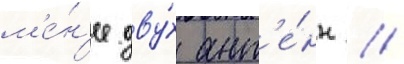
м'е́н'ее дву́х ант'е́нн /